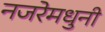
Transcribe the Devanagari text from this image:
नजरेमधुनी